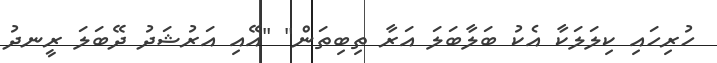
ހުރިހައި ކިލަލަކާ އެކު ބަލާބަލަ އަރާ ތިބިތަން" "އޭއި އަރުޝަދު ދޭބަލަ ރީނދު